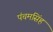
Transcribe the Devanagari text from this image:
पंचमसिंह